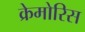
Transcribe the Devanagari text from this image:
क्रेमोरिस